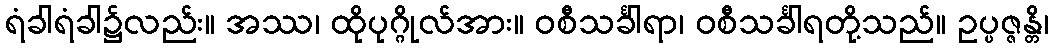
ရံခါရံခါ၌လည်း။ အဿ၊ ထိုပုဂ္ဂိုလ်အား။ ဝစီသင်္ခါရာ၊ ဝစီသင်္ခါရတို့သည်။ ဥပ္ပဇ္ဇန္တိ၊